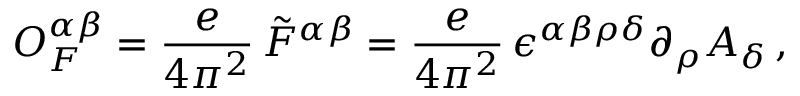
{ \cal O } _ { F } ^ { \alpha \beta } = \frac { e } { 4 \pi ^ { 2 } } \, \tilde { F } ^ { \alpha \beta } = \frac { e } { 4 \pi ^ { 2 } } \, \epsilon ^ { \alpha \beta \rho \delta } \partial _ { \rho } A _ { \delta } \, ,